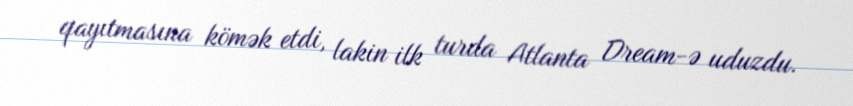
qayıtmasına kömək etdi, lakin ilk turda Atlanta Dream-ə uduzdu.